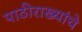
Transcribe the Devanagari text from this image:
पाठीराख्यांचे